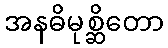
အနဓိမုစ္ဆိတော